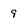
Character: 9